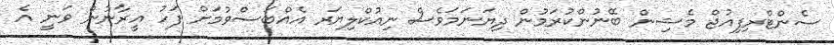
ސެންޓްރިފިއުޖް މެޝިން ބޭނުންކުރަމުން ދިޔަނަމަވެސް ނިއުކްލިޔަރ އެއްބަސްވުމަށް ފަހު އީރާނުން ވަނީ އެ